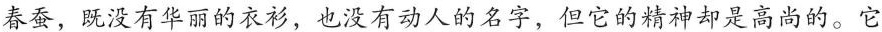
春蚕，既没有华丽的衣衫，也没有动人的名字，但它的精神却是高尚的。它